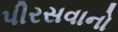
પીરસવાનો